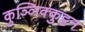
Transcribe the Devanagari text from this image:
कुञ्ञिक्कुट्टन